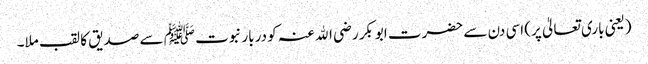
(یعنی باری تعالیٰ پر) اسی دن سے حضرت ابوبکر رضی اﷲ عنہ کو دربار نبوت ﷺ سے صدیق کا لقب ملا۔